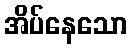
အိပ်နေသော